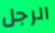
الرجل